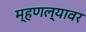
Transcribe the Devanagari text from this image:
म्हणल्यावर